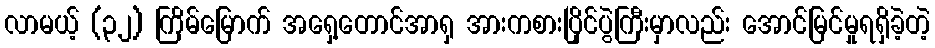
လာမယ့် (၃၂) ကြိမ်မြောက် အရှေ့တောင်အာရှ အားကစားပြိုင်ပွဲကြီးမှာလည်း အောင်မြင်မှုရရှိခဲ့တဲ့